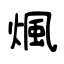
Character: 煈